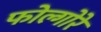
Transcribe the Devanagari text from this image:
फोल्गोरे